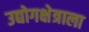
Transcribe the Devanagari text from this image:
उद्योगक्षेत्राला